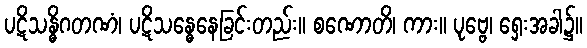
ပဋိသန္ဓိဂတဏံ၊ ပဋိသန္ဓေနေခြင်းတည်း။ စဏောတိ၊ ကား။ ပုဗ္ဗေ၊ ရှေးအခါ၌။